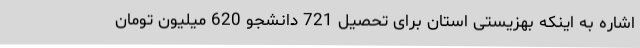
اشاره به اینکه بهزیستی استان برای تحصیل 721 دانشجو 620 میلیون تومان